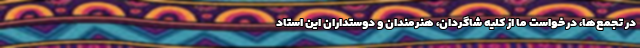
در تجمع‌ها، درخواست ما از کلیه شاگردان، هنرمندان و دوستداران این استاد